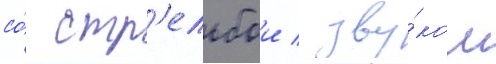
со́ стр'ельбои / зву́ком